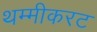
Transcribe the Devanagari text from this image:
थम्मीकरट